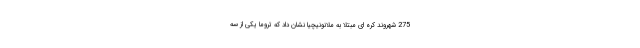
275 شهروند کره ای مبتلا به ملانونیچیا نشان داد که تروما یکی از سه